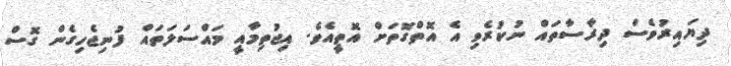
ދިޔައިރުވެސް ދިރާސާތައް ނުކުރެވި އެ އޮތްގޮތަށް އޮތީއެވެ. އިޖުތިމާއީ މައްސަލަތައް ފުނިޖެހިގެން ގޮސް